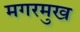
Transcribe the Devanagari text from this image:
मगरमुख